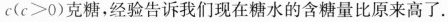
$$c ( c > 0 )$$克糖，经验告诉我们现在糖水的含糖量比原来高了.